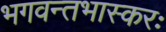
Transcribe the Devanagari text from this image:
भगवन्तभास्करः